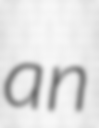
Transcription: an